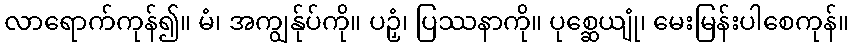
လာရောက်ကုန်၍။ မံ၊ အကျွန်ုပ်ကို။ ပဉှံ၊ ပြဿနာကို။ ပုစ္ဆေယျုံ၊ မေးမြန်းပါစေကုန်။